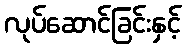
လုပ်ဆောင်ခြင်းနှင့်